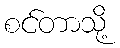
စင်တာသို့